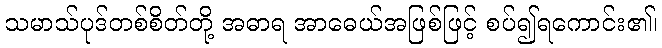
သမာသ်ပုဒ်တစ်စိတ်တို့ အဓာရ အာဓေယ်အဖြစ်ဖြင့် စပ်၍ရကောင်း၏၊